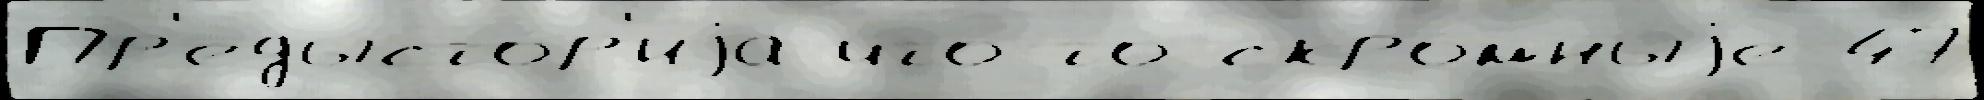
Пр'едысто́р'иjа что-то скро́мныjе 47